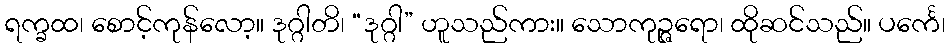
ရက္ခထ၊ စောင့်ကုန်လော့။ ဒုဂ္ဂါတိ၊ “ဒုဂ္ဂါ” ဟူသည်ကား။ သောကုဉ္ဇရော၊ ထိုဆင်သည်။ ပင်္ကေ၊